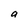
Character: a